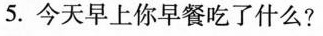
5. 今天早上你早餐吃了什么?